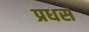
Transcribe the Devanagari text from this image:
प्रधस